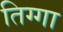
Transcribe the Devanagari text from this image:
तिग्गा